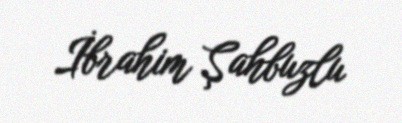
İbrahim Şahbuzlu